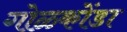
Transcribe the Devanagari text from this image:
गोळ्कोंडा